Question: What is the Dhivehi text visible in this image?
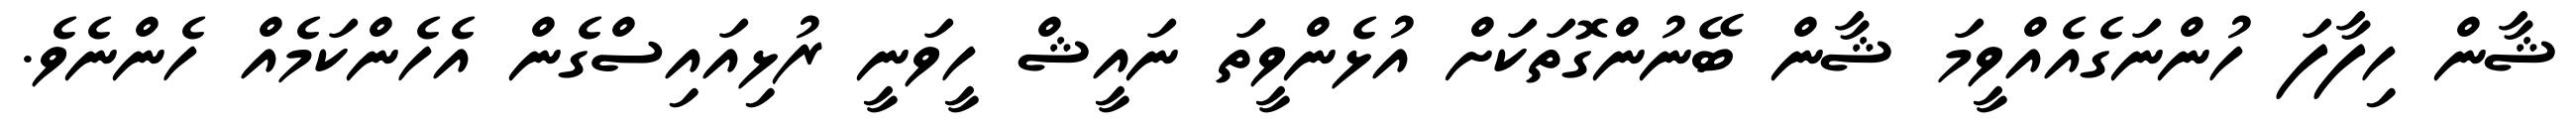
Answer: ޝާން ހިފާފަ ހުންނަގެއެއްވީމަ ޝާން ބޭނުންގޮތަކަށް އުޅެންވީތަ ނައީޝް ހީވަނީ ރުޅިއައިސްގެން އެހެންކަމެއް ހެންނެވެ.